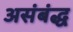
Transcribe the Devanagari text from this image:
असंबंद्ध